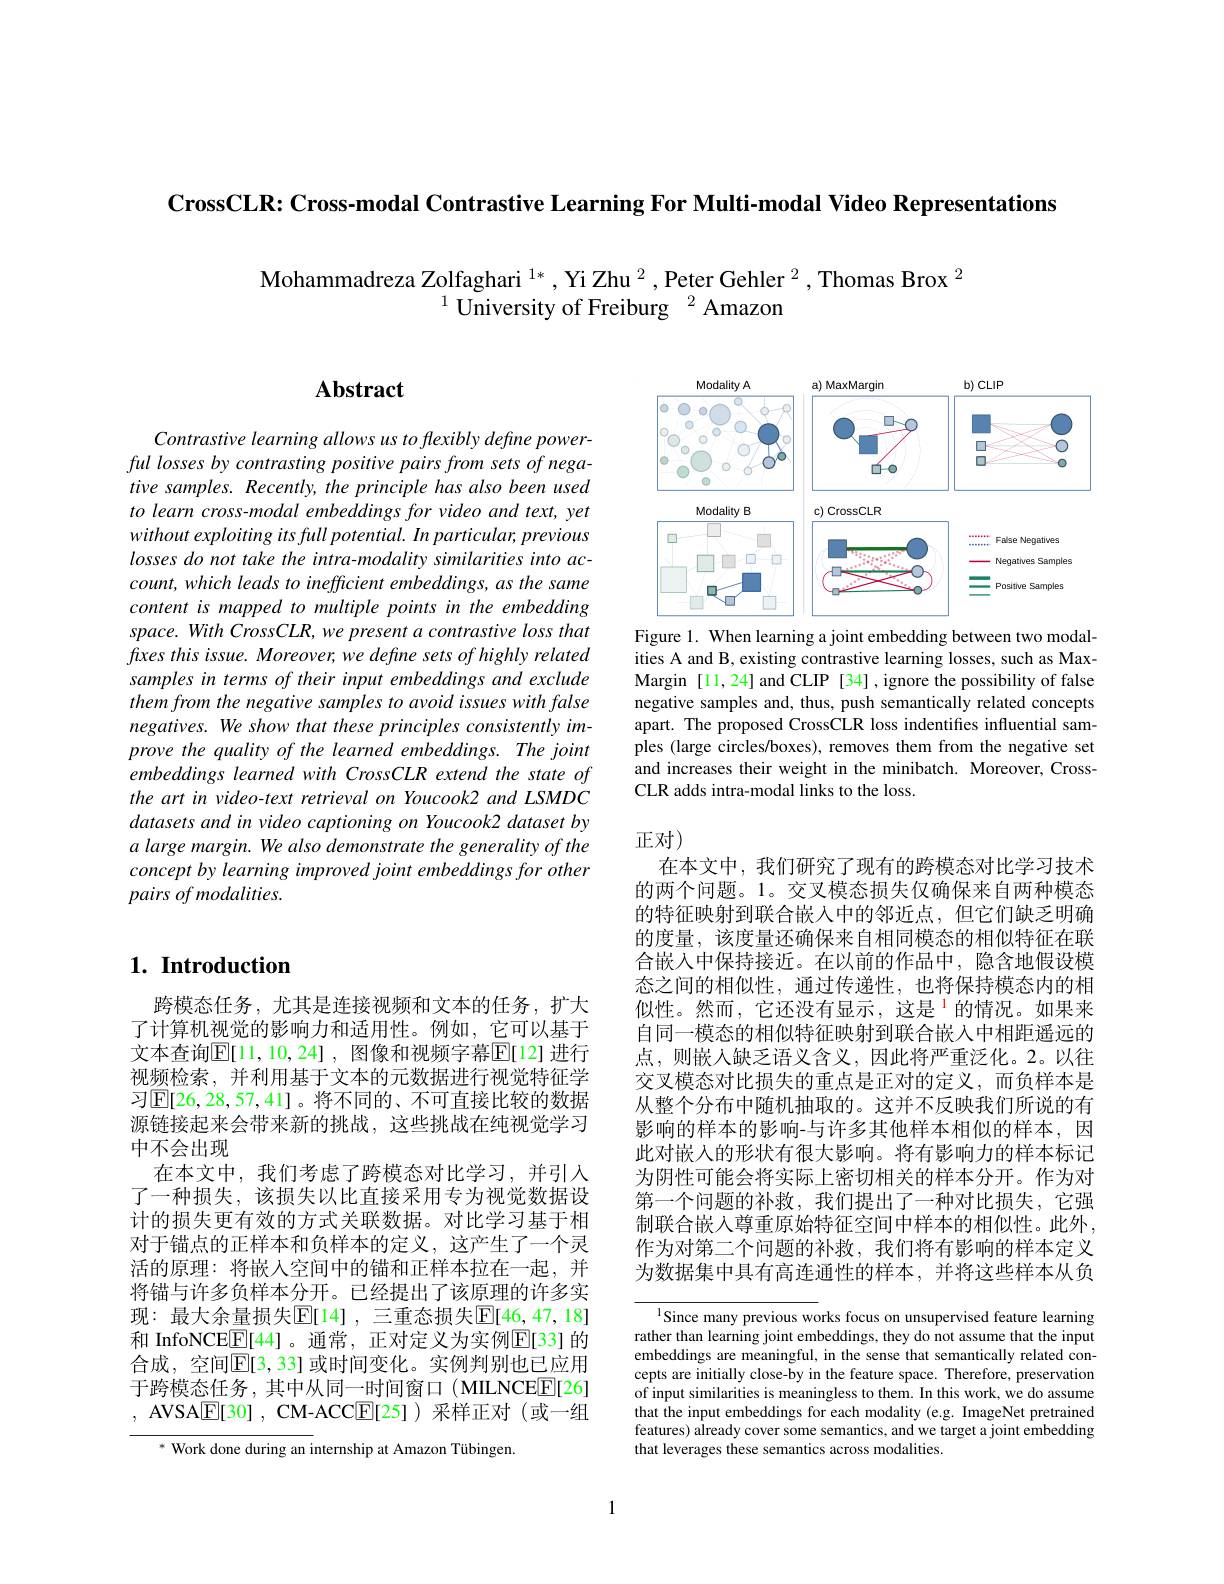
CrossCLR: Cross-modal Contrastive Learning For Multi-modal Video Representations

Mohammadreza Zolfaghari $^{1*}$ ,Yi Zhu $^2$ ,Peter Gehler $^{2}$ ,Thomas Brox $^{2}$
$^{1}$ University of Freiburg $^2$Amazon

## $\mathbf{Abstract}$

<FigureHere>
Figure 1. When learning a joint embedding between two modal-

Contrastive learning allows us to flexibly define powerful losses by contrasting positive pairs from sets of negative samples. Recently, the principle has also been used to learn cross-modal embeddings for video and text, yet without exploiting its full potential. In particular, previous losses do not take the intra-modality similarities into ac- $count, which\textit{leads to inefficient embeddings, as the same}$ content is mapped to multiple points in the embedding space. With Cross CLR, we present a contrastive loss that $fxes\textit{this issue. Moreover, we define sets of highly related}$ samples in terms of their input embeddings and exclude them from the negative samples to avoid issues with false negatives. We show that these principles consistently improve the quality of the learned embeddings. The joint embeddings learned with CrossCLR extend the state of the art in video-text retrieval on Youcook2 and LSMDC datasets and in video captioning on Youcook2 dataset by a large margin. We also demonstrate the generality of the $conceptby\textit{learning improved joint embeddings for other}$ pairs of modalities.

ities A and B, existing contrastive learning losses, such as MaxMargin [11,24] and CLIP [34] , ignore the possibility of false negative samples and, thus, push semantically related concepts apart. The proposed CrossCLR loss indentifies influential samples (large circles/boxes), removes them from the negative set and increases their weight in the minibatch. Moreover, CrossCLR adds intra-modal links to the loss.

## 正对)

## $1. \textbf{ Introduction}$

在本文中，我们研究了现有的跨模态对比学习技术的两个问题。1。交叉模态损失仅确保来自两种模态的特征映射到联合嵌入中的邻近点，但它们缺乏明确的度量，该度量还确保来自相同模态的相似特征在联合嵌入中保持接近。在以前的作品中，隐含地假设模态之间的相似性，通过传递性，也将保持模态内的相似性。然而，它还没有显示，这是$^{\mathrm{l}}$的情况。如果来自同一模态的相似特征映射到联合嵌入中相距遥远的点，则嵌入缺乏语义含义，因此将严重泛化。2。以往交叉模态对比损失的重点是正对的定义，而负样本是从整个分布中随机抽取的。这并不反映我们所说的有影响的样本的影响-与许多其他样本相似的样本，因此对嵌入的形状有很大影响。将有影响力的样本标记为阴性可能会将实际上密切相关的样本分开。作为对第一个问题的补救，我们提出了一种对比损失，它强制联合嵌入尊重原始特征空间中样本的相似性。此外作为对第二个问题的补救，我们将有影响的样本定义为数据集中具有高连通性的样本，并将这些样本从负

跨模态任务，尤其是连接视频和文本的任务，扩大了计算机视觉的影响力和适用性。例如，它可以基于文本查询$\mathbb{E}[11,10,24]$, 图像和视频字幕$\mathbb{E}[12]$ 进行视频检索，并利用基于文本的元数据进行视觉特征学习$\mathbb{E}[26,28,57,41]$。将不同的、不可直接比较的数据源链接起来会带来新的挑战，这些挑战在纯视觉学习中不会出现
在本文中，我们考虑了跨模态对比学习，并引入了一种损失，该损失以比直接采用专为视觉数据设计的损失更有效的方式关联数据。对比学习基于相对于锚点的正样本和负样本的定义，这产生了一个灵活的原理：将嵌人空间中的锚和正样本拉在一起，并将锚与许多负样本分开。已经提出了该原理的许多实现：最大余量损失$\overline{\mathbb{E}}[14]$,三重态损失$\underline{\mathbb{E}}[46,47,18]$ 和 InfoNCE$\boxed{\mathrm{E}}[44]$。通常，正对定义为实例E[33] 的合成，空间$\mathbb{E}[3,33]$ 或时间变化。实例判别也已应用于跨模态任务，其中从同一时间窗口(MILNCEE[26] , AVSA$\underline{\mathrm{E}}[30]$, CM-ACC$\underline{\mathrm{E}}[25])$采样正对(或一组

${\frac{1}{\text{Since many previous wo}}}$rks focus on unsupervised feature learning rather than learning joint embeddings, they do not assume that the input embeddings are meaningful, in the sense that semantically related concepts are initially close-by in the feature space. Therefore, preservation of input similarities is meaningless to them. In this work, we do assume that the input embeddings for each modality (e.g. ImageNet pretrained features) already cover some semantics, and we target a joint embedding that leverages these semantics across modalities.

${^*\text{ Work done during an internship at Amazon Tübingen}}$